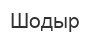
Шодыр